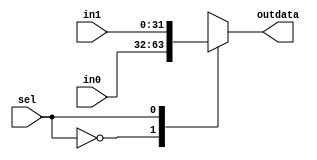
///////////////////////////////////////////////////////////////////////////////////////////////////
// Company: <Name>
//
// File history:
//      <Revision number>: <Date>: <Comments>
//      <Revision number>: <Date>: <Comments>
//      <Revision number>: <Date>: <Comments>
//
// Description: 
//
// <Description here>
//
// Targeted device: <Family::IGLOO2> <Die::M2GL025> <Package::256 VF>
//
/////////////////////////////////////////////////////////////////////////////////////////////////// 

//`timescale <time_units> / <precision>

module mux_3_in( in0, in1, sel, outdata);
input[31:0] in0, in1;
input sel;
output[31:0]outdata;
reg[31:0] outdata;

always @(*)begin
case(sel)
    1'b0:outdata<=in0;
    1'b1:outdata<=in1;
endcase
end
endmodule